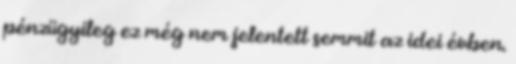
pénzügyileg ez még nem jelentett semmit az idei évben.